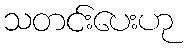
သတင်းပေးဟု